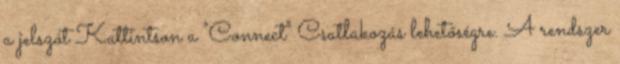
a jelszót Kattintson a "Connect" Csatlakozás lehetőségre. A rendszer